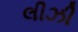
લીઝી